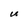
Character: U